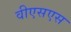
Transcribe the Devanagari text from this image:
वीएसएस